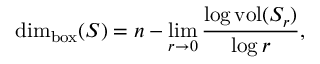
\dim _ { \mathrm { b o x } } ( S ) = n - \operatorname* { l i m } _ { r \to 0 } { \frac { \log { \mathrm { v o l } } ( S _ { r } ) } { \log r } } ,